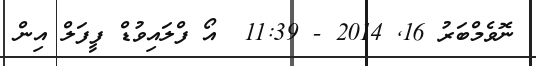
ނޮވެމްބަރު 16